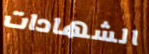
الشهادات